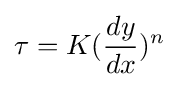
\tau =K({\frac {dy}{dx}})^{n}